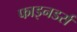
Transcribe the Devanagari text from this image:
फाइनडर्स